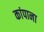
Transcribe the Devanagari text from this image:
कांपाना